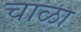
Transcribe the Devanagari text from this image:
चाळा